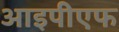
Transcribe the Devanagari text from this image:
आइपीएफ